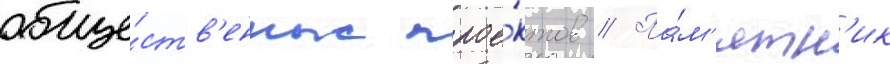
обще́ств'енных прое́ктов // Па́м'ятн'ик